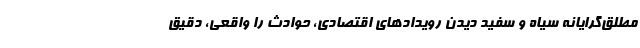
مطلق‌گرایانه سیاه و سفید دیدن رویدادهای اقتصادی، حوادث را واقعی، دقیق